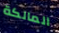
المالكة